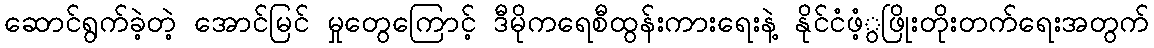
ဆောင်ရွက်ခဲ့တဲ့ အောင်မြင် မှုတွေကြောင့် ဒီမိုကရေစီထွန်းကားရေးနဲ့ နိုင်ငံဖံ့ွဖြိုးတိုးတက်ရေးအတွက်